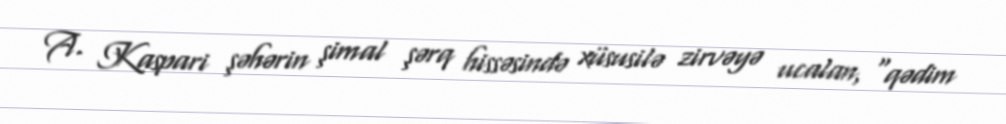
A. Kaspari şəhərin şimal şərq hissəsində xüsusilə zirvəyə ucalan, "qədim